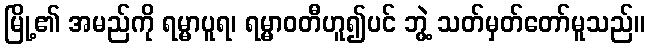
မြို့၏ အမည်ကို ရမ္မာပူရ၊ ရမ္မာဝတီဟူ၍ပင် ဘွဲ့ သတ်မှတ်တော်မူသည်။